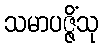
သမာပဇ္ဇိံသု